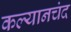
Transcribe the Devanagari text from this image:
कल्यानचंद